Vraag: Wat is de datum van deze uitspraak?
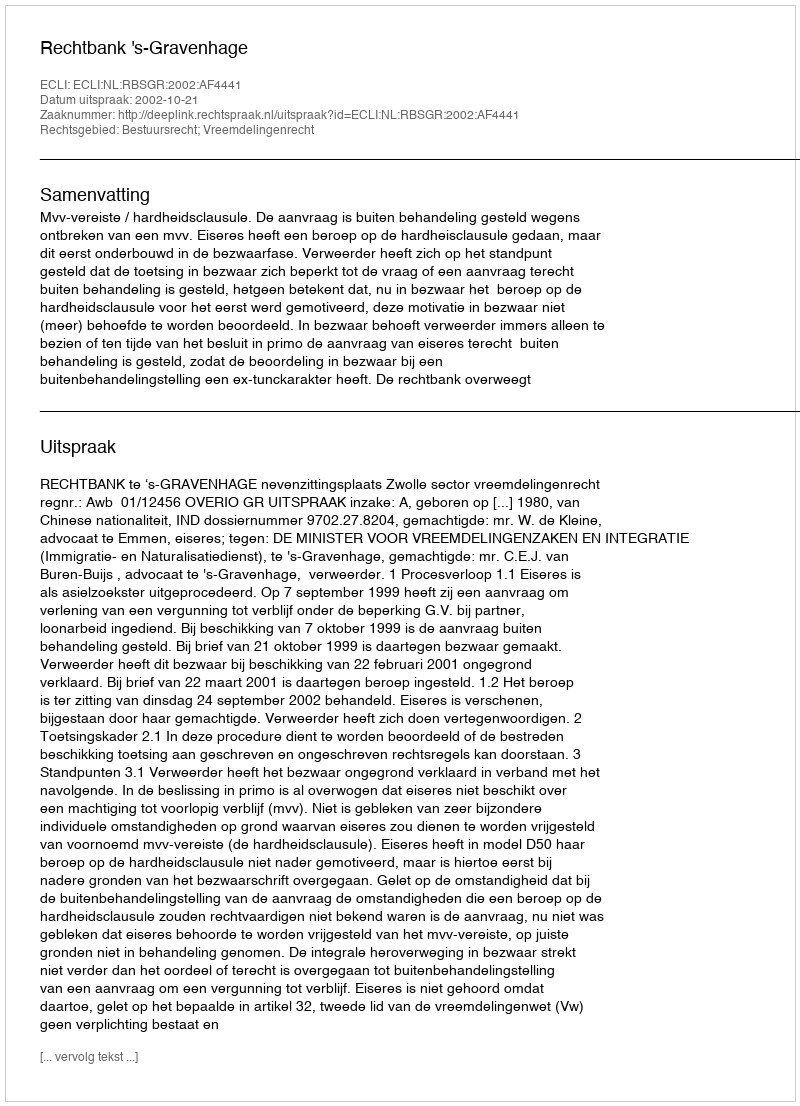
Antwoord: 2002-10-21